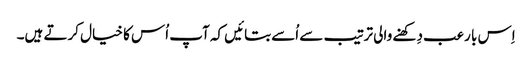
اِس با رعب دِکھنے والی ترتیب سے اُسے بتائیں کہ آپ اُس کا خیال کرتے ہیں۔